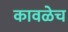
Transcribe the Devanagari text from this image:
कावळेच